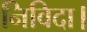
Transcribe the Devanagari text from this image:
निविदा।